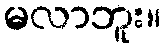
မလာဘူး။